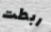
ربطت